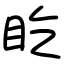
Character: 盵